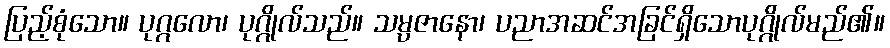
ပြည့်စုံသော။ ပုဂ္ဂလော၊ ပုဂ္ဂိုလ်သည်။ သမ္ပဇာနော၊ ပညာအဆင်အခြင်ရှိသောပုဂ္ဂိုလ်မည်၏။